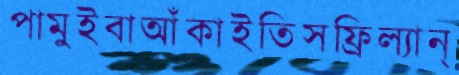
পামুইবাআঁকাইতিসফ্রিল্যান্